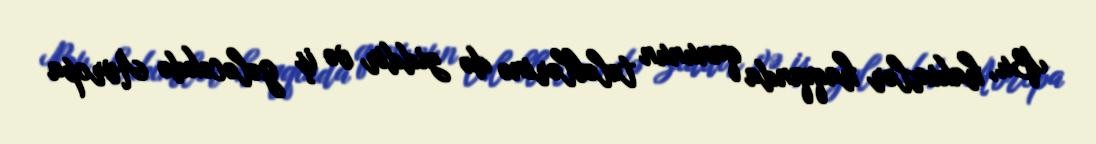
Bu, hakimlər haqqında qanunun tələblərinə də ziddir və iş gələcəkdə Avropa